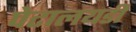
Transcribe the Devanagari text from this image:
पेटालयडी